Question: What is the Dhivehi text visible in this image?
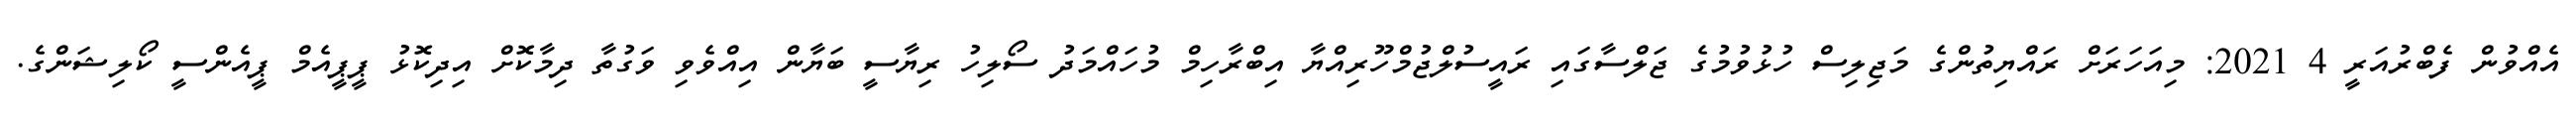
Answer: އެއްވުން ފެބްރުއަރީ 4 2021: މިއަހަރަށް ރައްޔިތުންގެ މަޖިލިސް ހުޅުވުމުގެ ޖަލްސާގައި ރައީސުލްޖުމްހޫރިއްޔާ އިބްރާހިމް މުހައްމަދު ސޯލިހު ރިޔާސީ ބަޔާން އިއްވެވި ވަގުތާ ދިމާކޮށް އިދިކޮޅު ޕީޕީއެމް ޕީއެންސީ ކޯލިޝަންގެ.